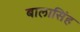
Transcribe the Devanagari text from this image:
बालासिंह